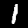
Digit: 1